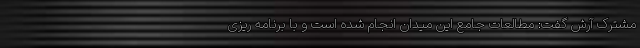
مشترک آرش گفت: مطالعات جامع این میدان انجام شده است و با برنامه ریزی